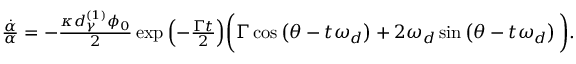
\begin{array} { r } { \frac { \dot { \alpha } } { \alpha } = - \frac { \kappa d _ { \gamma } ^ { ( 1 ) } \phi _ { 0 } } { 2 } \exp { \left( - \frac { \Gamma t } { 2 } \right) } \bigg ( \Gamma \cos \left( \theta - t \omega _ { d } \right) + 2 \omega _ { d } \sin \left( \theta - t \omega _ { d } \right) \bigg ) . } \end{array}